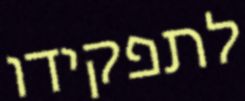
לתפקידו